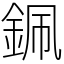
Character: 𨦨